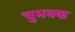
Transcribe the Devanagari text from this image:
चुमबक